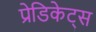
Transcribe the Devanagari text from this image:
प्रेडिकेट्स